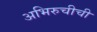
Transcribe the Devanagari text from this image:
अभिरुचीची